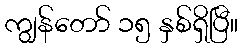
ကျွန်တော် ၁၅ နှစ်ရှိပြီ။